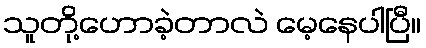
သူတို့ဟောခဲ့တာလဲ မေ့နေပါပြီ။